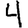
Digit: 4